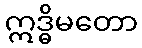
ဣဒ္ဓိမတော